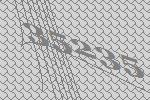
35235